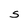
Character: S